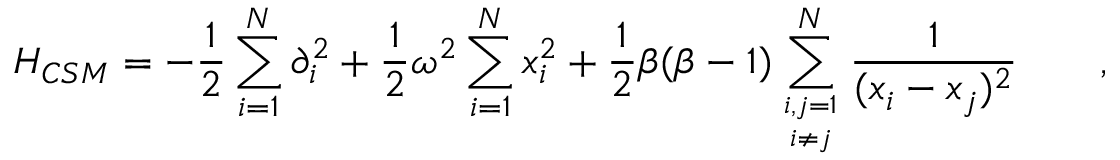
H _ { C S M } = - \frac { 1 } { 2 } \sum _ { i = 1 } ^ { N } \partial _ { i } ^ { 2 } + \frac { 1 } { 2 } \omega ^ { 2 } \sum _ { i = 1 } ^ { N } x _ { i } ^ { 2 } + \frac { 1 } { 2 } \beta ( \beta - 1 ) \sum _ { { i , j = 1 } \atop { i \ne j } } ^ { N } \frac { 1 } { ( x _ { i } - x _ { j } ) ^ { 2 } } \qquad ,